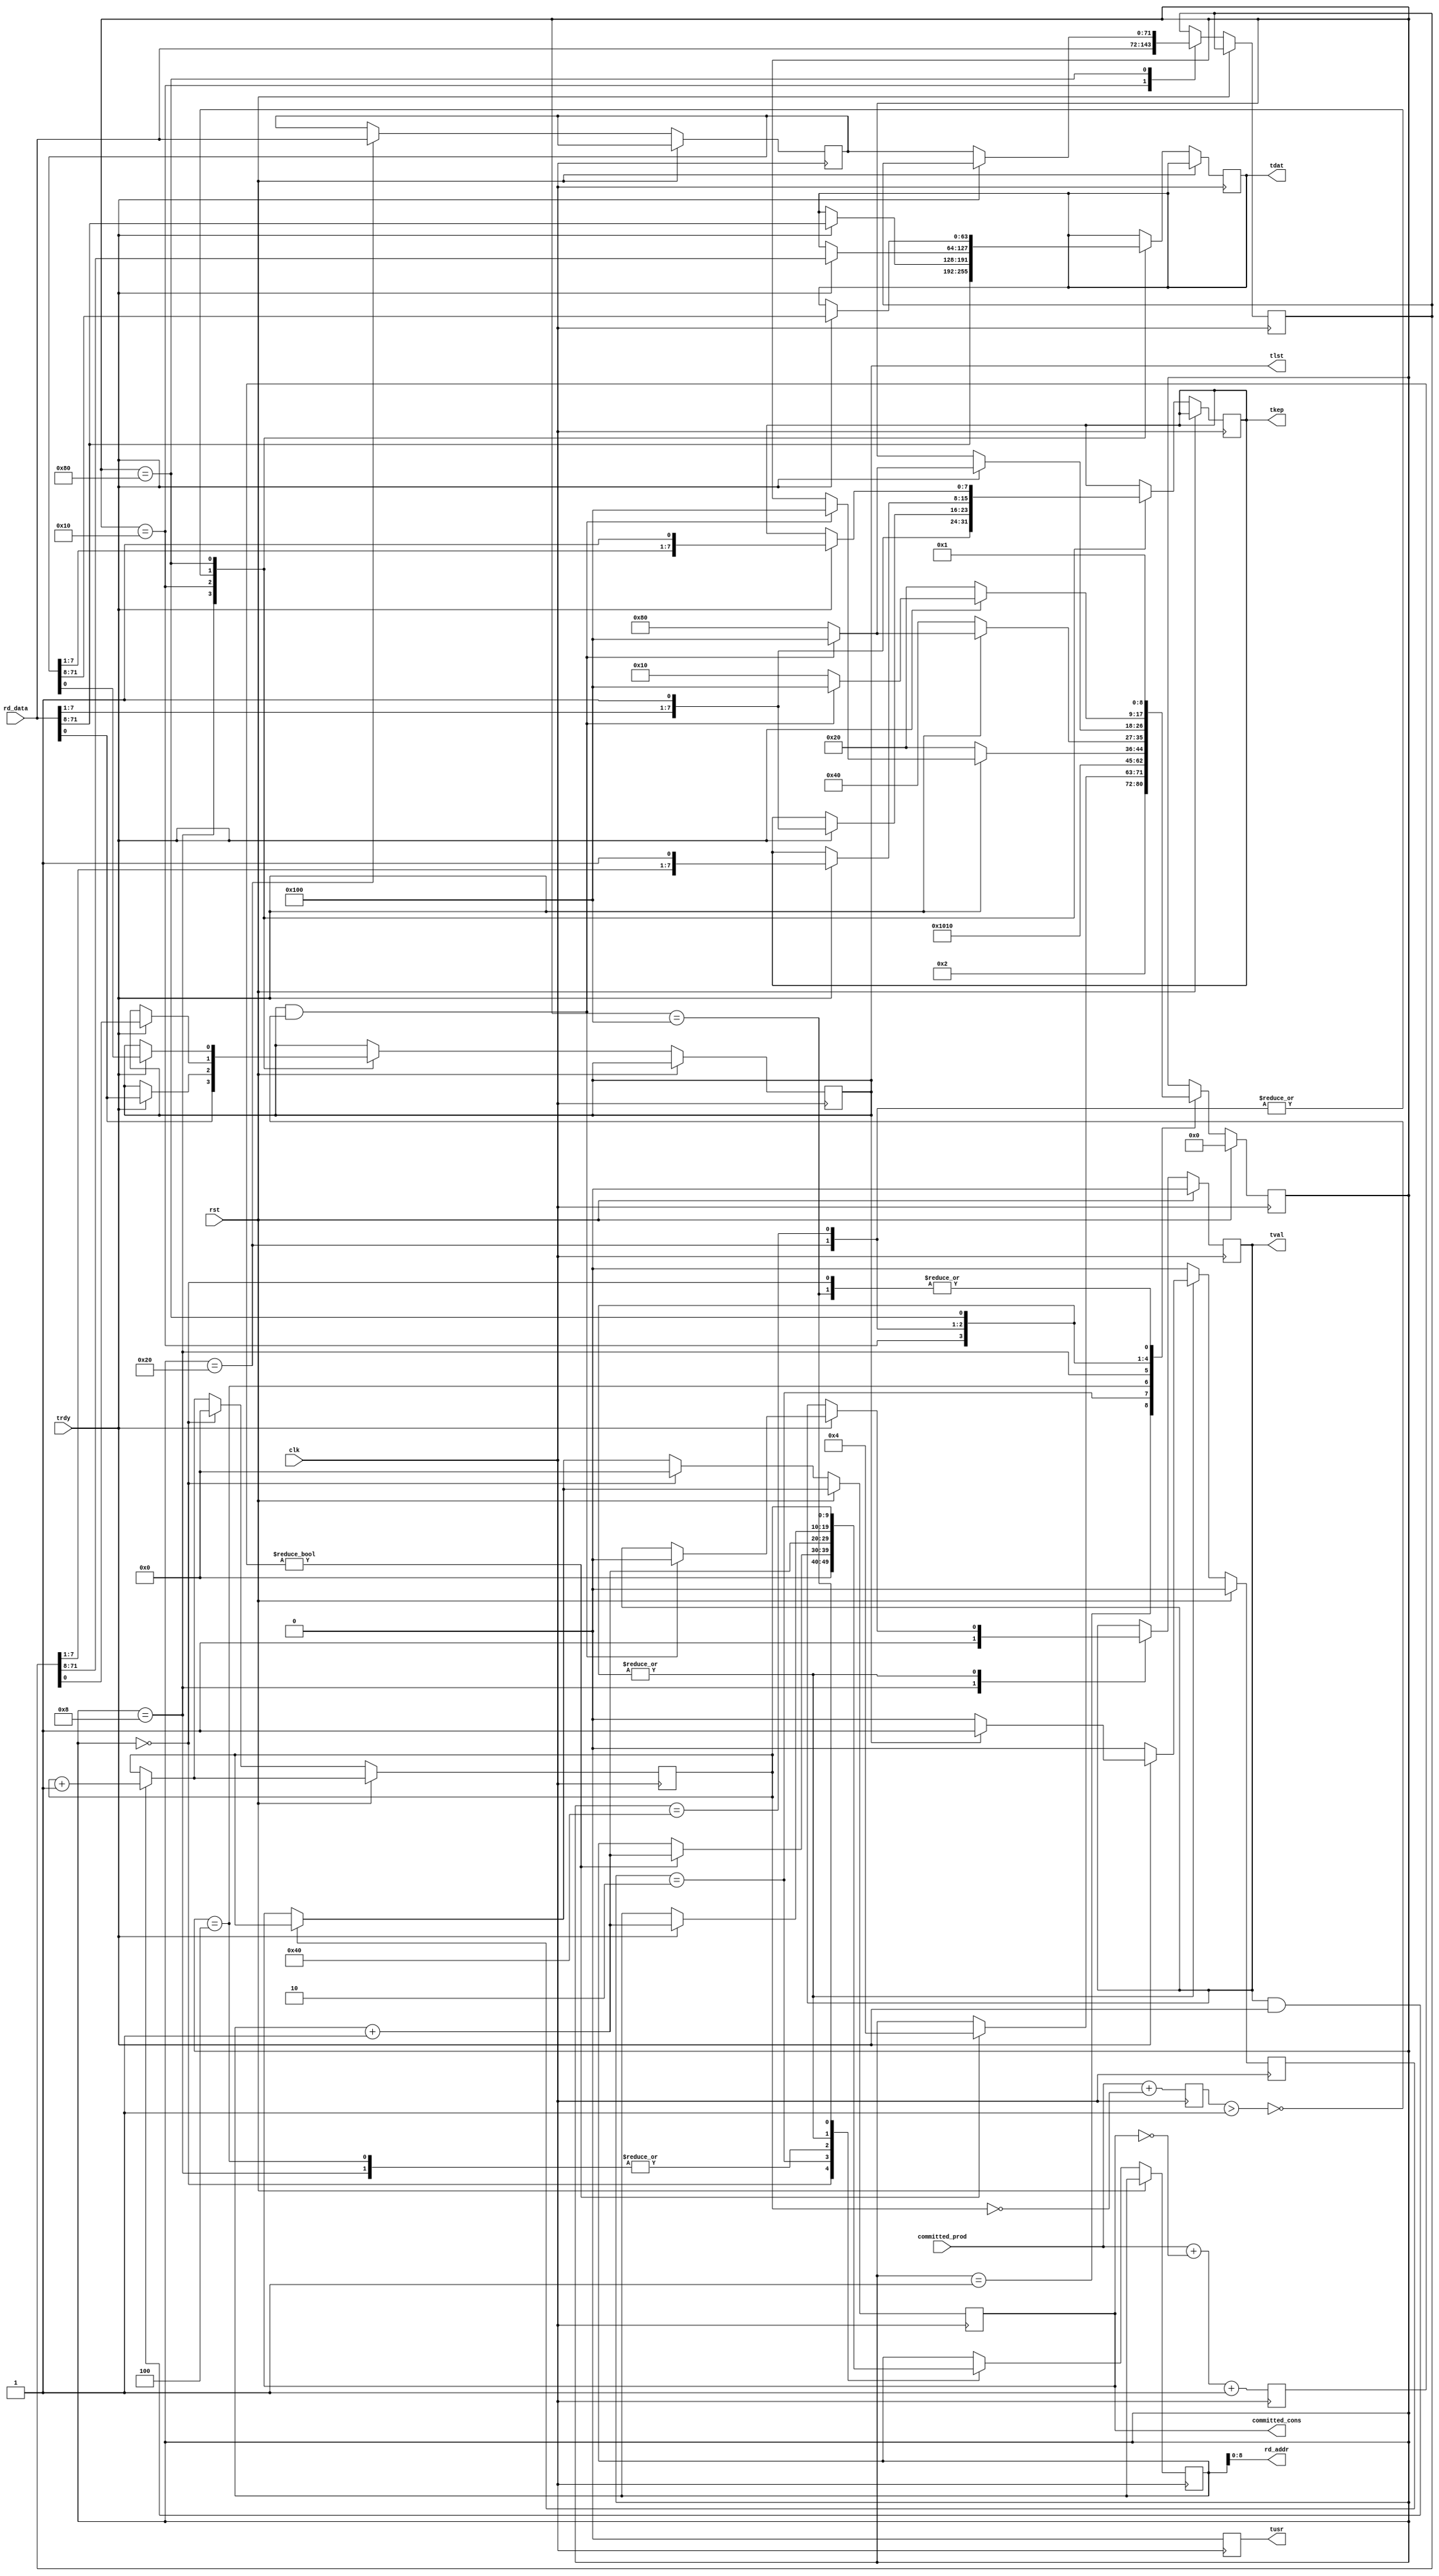
//
// Copyright (c) 2016 University of Cambridge All rights reserved.
//
//
// This software was developed with the support of 
// Prof. Gustavo Sutter and Prof. Sergio Lopez-Buedo and
// University of Cambridge Computer Laboratory NetFPGA team.
//
// @NETFPGA_LICENSE_HEADER_START@
//
// Licensed to NetFPGA C.I.C. (NetFPGA) under one or more
// contributor license agreements.  See the NOTICE file distributed with this
// work for additional information regarding copyright ownership.  NetFPGA
// licenses this file to you under the NetFPGA Hardware-Software License,
// Version 1.0 (the "License"); you may not use this file except in compliance
// with the License.  You may obtain a copy of the License at:
//
//   http://www.netfpga-cic.org
//
// Unless required by applicable law or agreed to in writing, Work distributed
// under the License is distributed on an "AS IS" BASIS, WITHOUT WARRANTIES OR
// CONDITIONS OF ANY KIND, either express or implied.  See the License for the
// specific language governing permissions and limitations under the License.
//
// @NETFPGA_LICENSE_HEADER_END@

//////////////////////////////////////////////////////////////////////////////
//////////////////////////////////////////////////////////////////////////////
`timescale 1ns / 1ps
//`default_nettype none

module ibuf2mac # (
    parameter AW = 9,
    parameter DW = 72
    ) (

    input                    clk,
    input                    rst,

    // MAC Tx
    output reg   [63:0]      tdat,
    output reg   [7:0]       tkep,
    output reg               tval,
    output reg               tlst,
    output reg               tusr,
    input                    trdy,

    // ibuf
    output       [AW-1:0]    rd_addr,
    input        [DW-1:0]    rd_data,

    // bwd logic
    output       [AW:0]      committed_cons,
    input        [AW:0]      committed_prod
    );

    // localparam
    localparam s0 = 9'b000000000;
    localparam s1 = 9'b000000001;
    localparam s2 = 9'b000000010;
    localparam s3 = 9'b000000100;
    localparam s4 = 9'b000001000;
    localparam s5 = 9'b000010000;
    localparam s6 = 9'b000100000;
    localparam s7 = 9'b001000000;
    localparam s8 = 9'b010000000;
    localparam s9 = 9'b100000000;

    //-------------------------------------------------------
    // Local ibuf2mac
    //-------------------------------------------------------   
    reg          [8:0]       fsm;
    reg          [AW:0]      rd_addr_i;
    reg          [AW:0]      diff, diff_end;
    reg          [AW:0]      sof_addr;
    reg          [DW-1:0]    ax_rd_data, ax2_rd_data;
    reg          [AW:0]      cons;
    reg                      updt_sof;

    //-------------------------------------------------------
    // assigns
    //-------------------------------------------------------
    assign rd_addr = rd_addr_i;
    assign committed_cons = sof_addr;

    ////////////////////////////////////////////////
    // Outbound ethernet frame to mac
    ////////////////////////////////////////////////
    always @(posedge clk) begin

        tusr <= 'b0;

        diff <= committed_prod + (~sof_addr) + 1;
        diff_end <= committed_prod + (~cons);

        if (tval && trdy) begin
            cons <= cons + 1;
        end

        updt_sof <= 1'b0;
        if (updt_sof) begin
            sof_addr <= cons;
        end

        if (rst) begin  // rst
            tval <= 1'b0;
            fsm <= s0;
        end
        
        else begin  // not rst

            case (fsm)

                s0 : begin
                    cons <= 'b0;
                    sof_addr <= 'b0;
                    rd_addr_i <= 'b0;
                    fsm <= s1;
                end

                s1 : begin // update diff
                    fsm <= s2;
                end

                s2 : begin
                    if (diff) begin
                        rd_addr_i <= rd_addr_i + 1;
                        fsm <= s3;
                    end
                end

                s3 : begin
                    rd_addr_i <= rd_addr_i + 1;
                    fsm <= s4;
                end

                s4 : begin
                    tdat <= get_tdata(rd_data);
                    tkep <= get_tkeep(rd_data);
                    tlst <= get_tlast(rd_data);
                    tval <= 1'b1;
                    rd_addr_i <= rd_addr_i + 1;
                    fsm <= s5;
                end

                s5 : begin
                    rd_addr_i <= rd_addr_i + 1;
                    ax_rd_data <= rd_data;
                    if (trdy) begin
                        tdat <= get_tdata(rd_data);
                        tkep <= get_tkeep(rd_data);
                        tlst <= get_tlast(rd_data);
                        if (tlst) begin
                            updt_sof <= 1'b1;
                        end
                        if (tlst && !(diff_end > 1)) begin
                            tval <= 1'b0;
                            fsm <= s9;
                        end
                    end
                    else begin
                        rd_addr_i <= rd_addr_i;
                        fsm <= s6;
                    end
                end

                s6 : begin
                    ax2_rd_data <= rd_data;
                    if (trdy) begin
                        tdat <= get_tdata(ax_rd_data);
                        tkep <= get_tkeep(ax_rd_data);
                        tlst <= get_tlast(ax_rd_data);
                        rd_addr_i <= rd_addr_i + 1;
                        if (tlst) begin
                            updt_sof <= 1'b1;
                        end
                        if (tlst && !(diff_end > 1)) begin
                            tval <= 1'b0;
                            fsm <= s9;
                        end
                        else begin
                            fsm <= s8;
                        end
                    end
                    else begin
                        fsm <= s7;
                    end
                end

                s7 : begin
                    if (trdy) begin
                        tdat <= get_tdata(ax_rd_data);
                        tkep <= get_tkeep(ax_rd_data);
                        tlst <= get_tlast(ax_rd_data);
                        rd_addr_i <= rd_addr_i + 1;
                        if (tlst) begin
                            updt_sof <= 1'b1;
                        end
                        if (tlst && !(diff_end > 1)) begin
                            tval <= 1'b0;
                            fsm <= s9;
                        end
                        else begin
                            fsm <= s8;
                        end
                    end
                end

                s8 : begin
                    if (trdy) begin
                        tdat <= get_tdata(ax2_rd_data);
                        tkep <= get_tkeep(ax2_rd_data);
                        tlst <= get_tlast(ax2_rd_data);
                        rd_addr_i <= rd_addr_i + 1;
                        if (tlst) begin
                            updt_sof <= 1'b1;
                        end
                        if (tlst && !(diff_end > 1)) begin
                            tval <= 1'b0;
                            fsm <= s9;
                        end
                        else begin
                            fsm <= s5;
                        end
                    end
                    else begin
                        ax_rd_data <= ax2_rd_data;
                        fsm <= s6;
                    end
                end

                s9 : begin
                    rd_addr_i <= cons;
                    fsm <= s1;
                end

            endcase
        end     // not rst
    end  //always

    ////////////////////////////////////////////////
    // get_tdata
    ////////////////////////////////////////////////
    function [63:0] get_tdata (
        input        [DW-1:0]    din
        );
    begin
        get_tdata = din[DW-1:DW-64];
    end
    endfunction // get_tdata

    ////////////////////////////////////////////////
    // get_tkeep
    ////////////////////////////////////////////////
    function [7:0] get_tkeep (
        input        [DW-1:0]    din
        );
    begin
        get_tkeep = {din[8:1], 1'b1};
    end
    endfunction // get_tkeep

    ////////////////////////////////////////////////
    // get_tlast
    ////////////////////////////////////////////////
    function get_tlast (
        input        [DW-1:0]    din
        );
    begin
        get_tlast = din[0];
    end
    endfunction // get_tlast

endmodule // ibuf2mac

//////////////////////////////////////////////////////////////////////////////
//////////////////////////////////////////////////////////////////////////////